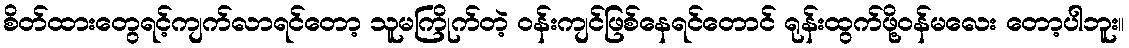
စိတ်ထားတွေရင့်ကျက်လာရင်တော့ သူမကြိုက်တဲ့ ဝန်းကျင်ဖြစ်နေရင်တောင် ရုန်းထွက်ဖို့ဝန်မလေး တော့ပါဘူး။